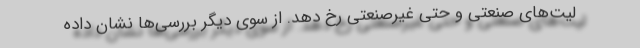
لیت‌های صنعتی و حتی غیرصنعتی رخ دهد. از سوی دیگر بررسی‌ها نشان داده